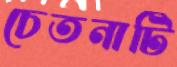
চেতনাটি